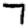
Digit: 7